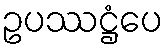
ဥပဿဋ္ဌံပေ